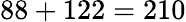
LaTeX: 88+122=210